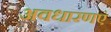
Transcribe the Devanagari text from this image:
अवधारणएं